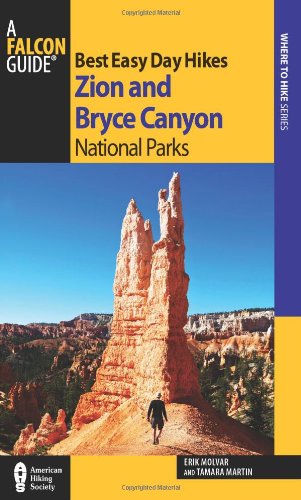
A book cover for Best Easy Day Hikes Zion and Bryce Canyon National Parks (Best Easy Day Hikes Series); Erik Molvar; Travel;